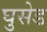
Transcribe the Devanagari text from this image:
घुसेड